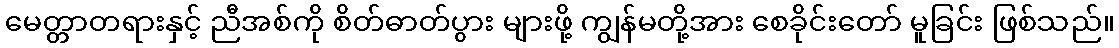
မေတ္တာတရားနှင့် ညီအစ်ကို စိတ်ဓာတ်ပွား များဖို့ ကျွန်မတို့အား စေခိုင်းတော် မူခြင်း ဖြစ်သည်။